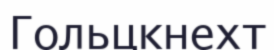
Гольцкнехт